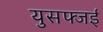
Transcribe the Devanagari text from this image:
युसफ्जई